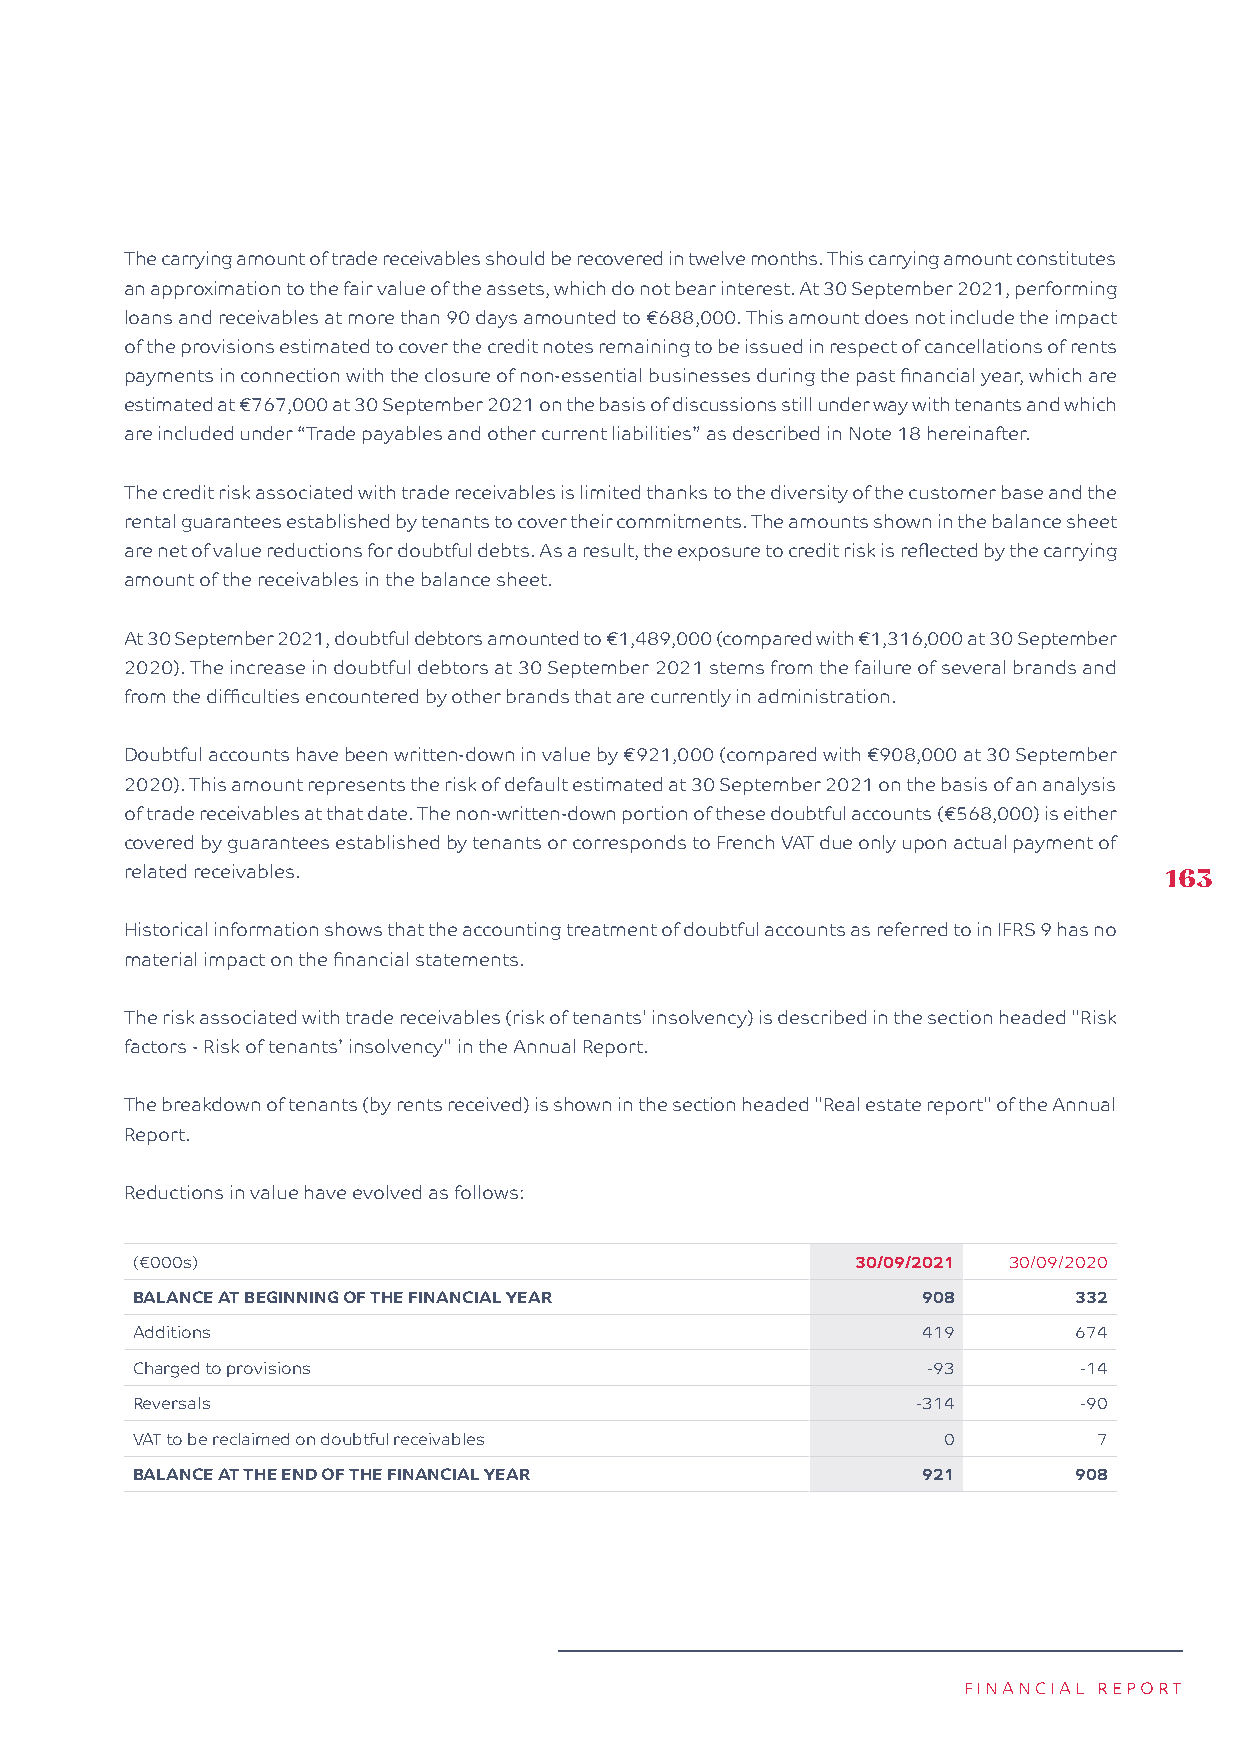
The carrying amount of trade receivables should be recovered in twelve months. This carrying amount constitutes
 an approximation to the fair value of the assets, which do not bear interest. At 30 September 2021, performing
 loans and receivables at more than 90 days amounted to €688,000. This amount does not include the impact
 of the provisions estimated to cover the credit notes remaining to be issued in respect of cancellations of rents
 payments in connection with the closure of non-essential businesses during the past financial year, which are
 estimated at €767,000 at 30 September 2021 on the basis of discussions still under way with tenants and which
 are included under “Trade payables and other current liabilities” as described in Note 18 hereinafter.
 The credit risk associated with trade receivables is limited thanks to the diversity of the customer base and the
 rental guarantees established by tenants to cover their commitments. The amounts shown in the balance sheet
 are net of value reductions for doubtful debts. As a result, the exposure to credit risk is reflected by the carrying
 amount of the receivables in the balance sheet.
 At 30 September 2021, doubtful debtors amounted to €1,489,000 (compared with €1,316,000 at 30 September
 2020). The increase in doubtful debtors at 30 September 2021 stems from the failure of several brands and
 from the difficulties encountered by other brands that are currently in administration.
 Doubtful accounts have been written-down in value by €921,000 (compared with €908,000 at 30 September
 2020). This amount represents the risk of default estimated at 30 September 2021 on the basis of an analysis
 of trade receivables at that date. The non-written-down portion of these doubtful accounts (€568,000) is either
 covered by guarantees established by tenants or corresponds to French VAT due only upon actual payment of
 related receivables.                                                 163
 Historical information shows that the accounting treatment of doubtful accounts as referred to in IFRS 9 has no
 material impact on the financial statements.
 The risk associated with trade receivables (risk of tenants' insolvency) is described in the section headed "Risk
 factors - Risk of tenants’ insolvency" in the Annual Report.
 The breakdown of tenants (by rents received) is shown in the section headed "Real estate report" of the Annual
 Report.
 Reductions in value have evolved as follows:
 (€000s)                                         30/09/2021 30/09/2020
 BALANCE AT BEGINNING OF THE FINANCIAL YEAR          908       332
 Additions                                           419       674
 Charged to provisions                               -93       -14
 Reversals                                           -314      -90
 VAT to be reclaimed on doubtful receivables          0          7
 BALANCE AT THE END OF THE FINANCIAL YEAR            921       908
 FINANCIAL REPORT